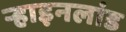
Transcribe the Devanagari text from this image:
ऱ्हाइनलांड